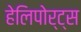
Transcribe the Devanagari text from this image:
हेलिपोर्ट्स